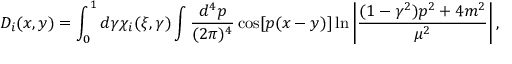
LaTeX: D _ { i } ( x , y ) = \int _ { 0 } ^ { 1 } d \gamma \chi _ { i } ( \xi , \gamma ) \int { \frac { d ^ { 4 } p } { ( 2 \pi ) ^ { 4 } } } \cos [ p ( x - y ) ] \ln \left| { \frac { ( 1 - \gamma ^ { 2 } ) p ^ { 2 } + 4 m ^ { 2 } } { \mu ^ { 2 } } } \right| ,